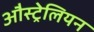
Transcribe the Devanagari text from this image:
औस्ट्रेलियन